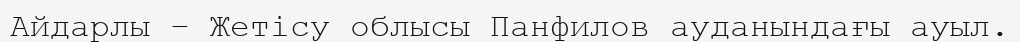
Айдарлы – Жетісу облысы Панфилов ауданындағы ауыл.